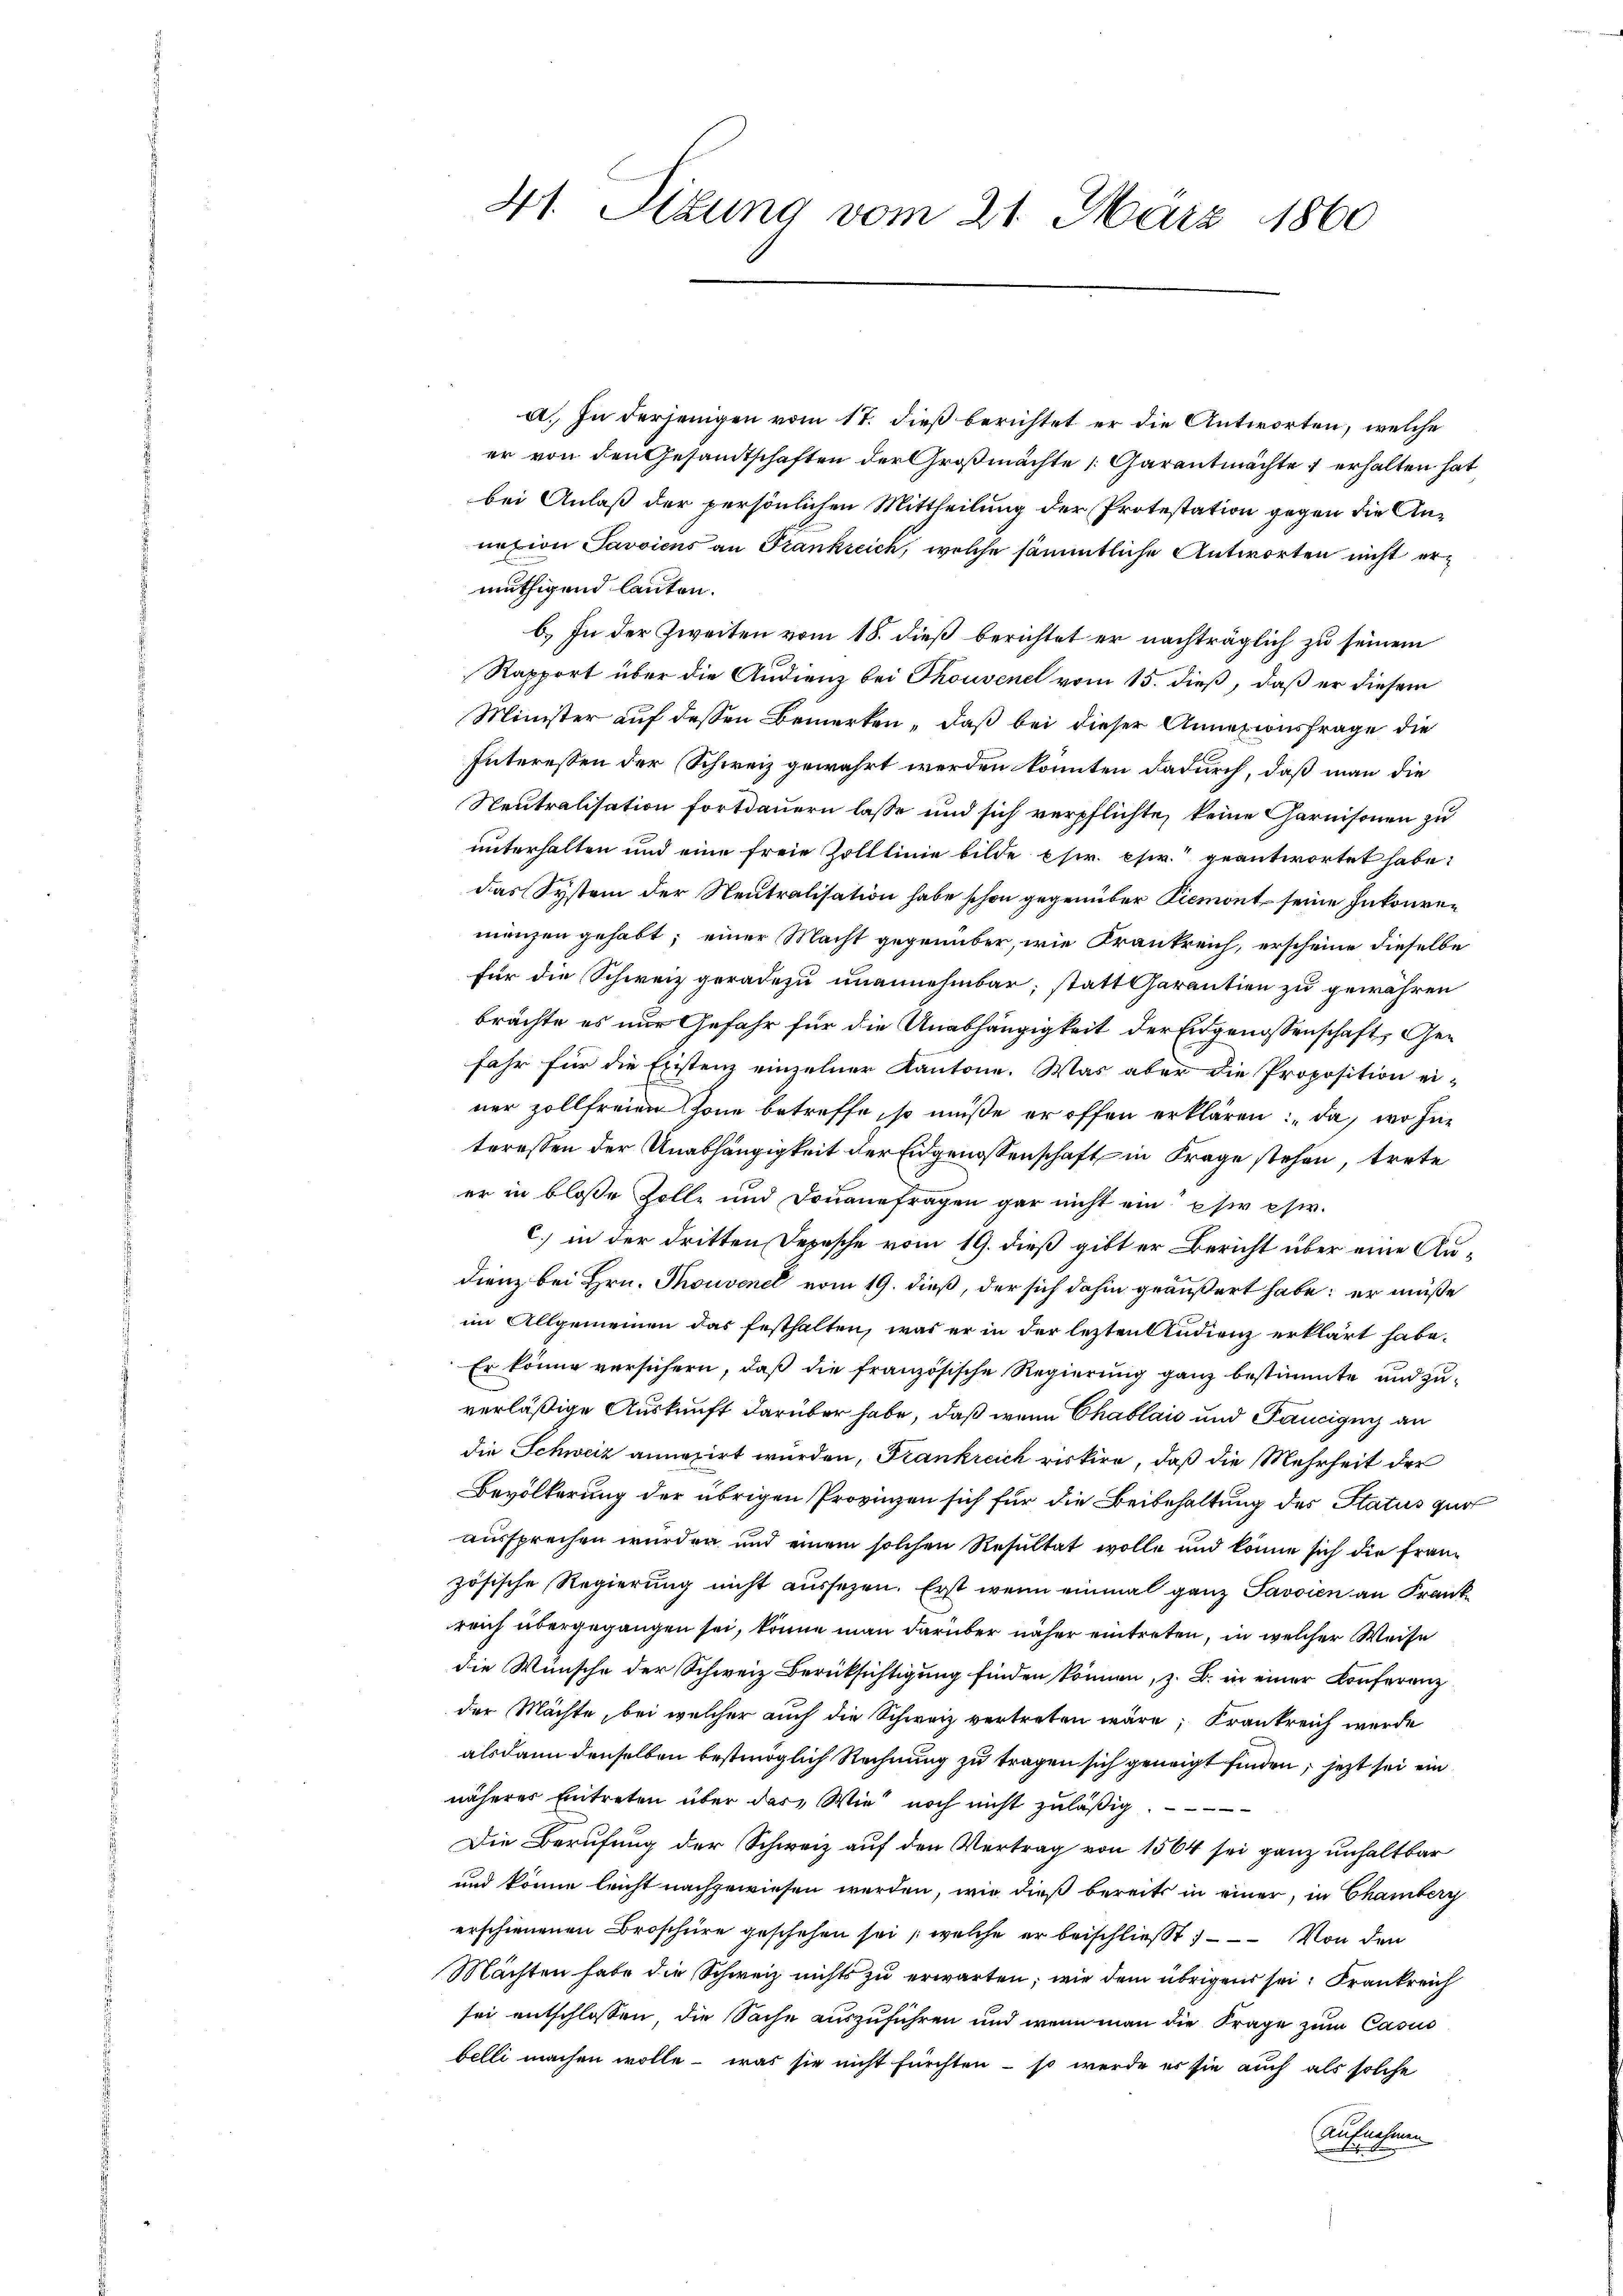
41. Situng vom 21. März 1860

a. In derjenigen vom 17. dieß berichtet er die Antworten, welche
er von den Gesandtschaften der Großmachte Garantmachte erhalten hat
bei Anlaß der persönlichen Mittheilung der Protestation gegen die Annexion Savviens an Frankreich, welche sämmtliche Antworten nicht ermuthigend lauten.
b.) In der Zweiten vom 18. dieß berichtet er nachträglich zu seinem
Rapport über die Audienz bei Thouvenet vom 15. dieß, daß er diesem
Minister auf dessen Bemerken, daß bei dieser Annazionsfrage die
Interessen der Schweiz gewährt werden konnten dadurch, daß man die
Neutralisation fortdauern lasse und sich verpflichte, keine Garnisonen zu
unterhalten und eine freie Zolllinie bilde sr. chir.“ geantwortet habe:
das System der Neutralisation habe schon gegenüber Piemont seine Inkonven
manzen gehabt; einer Macht gegenüber, wie Frankreich, erscheine dieselbe
für die Schweiz geradezu unannehmbar; statt Garantien zu gewähren
brachte es nur Gefahr für die Unabhängigkeit der Eidgenossenschaft, Gefahr für die Existenz einzelner Kantone. Was aber die Proposition einer zollfreien Zone betreffe, so müße er offen erklären: „da, wo sie
teressen der Unabhängigkeit der Eidgenossenschaft in Frage stehen, trete
er in bloße Zolle und Donauefragen gar nicht ein per chir.
c.) in der dritten Depesche vom 19. dieß gibt er Bericht über eine Audienz bei Hrn. Thouvenet vom 19. dieß, der sich dahin geäußert habe; er müße
im Allgemeinen das festhalten, was er in der lezten Audienz erklärt habe.
Er könne versichern, daß die französische Regierung ganz bestimmte und zuverläßige Auskunft darüber habe, daß wenn Chablais und Pancigny an
die Schweiz annozirt wurden, Frankreich riskire, daß die Mehrheit der
Bevölkerung der übrigen Provinzen sich für die Beibehaltung des Status zur
aussprechen wurden und einem solchen Resultat wolle und könne sich die Französische Regierung nicht aussezen. Erst wenn einmal ganz Javvien an Frank
reich übergegangen sei, könne man darüber näher eintreten, in welcher Weise
die Wünsche der Schweiz Berücksichtigung finden können, z. B. in einer Conferenz
der Mächte, bei welcher auch die Schweiz vertreten wäre, Krankreich werde
alsdann denselben bestmöglich Rechnung zu tragen sich geneigt finden, jetzt sei ein
näherer Eintreten über das Wie noch nicht zuläßig.
Die Berufung der Schweiz auf den Vertrag von 1564 sei ganz unhaltbar
und könne leicht nachgewiesen werden, wie dieß bereits in einer, in Chamberg
erschienenen Broschüre geschehen sei, welche er beischließt – – – Von den
Mächten habe die Schweiz nichts zu erwarten, wie dem übrigens sei: Frankreich
sei entschlossen, die Sache auszuführen und wenn man die Frage zum Casus
belli machen wolle - was sie nicht fürchten – so werde er sie auch als solche
Aufnahmen
t